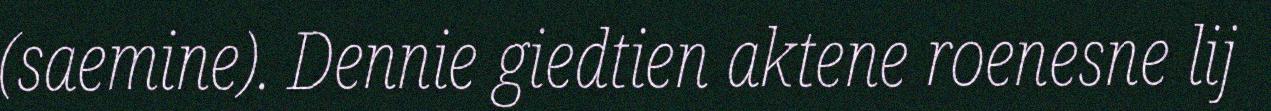
(saemine). Dennie giedtien aktene roenesne lij